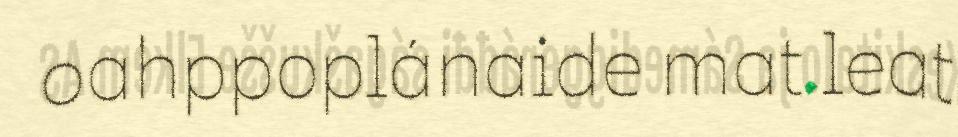
oahppoplánaide mat leat